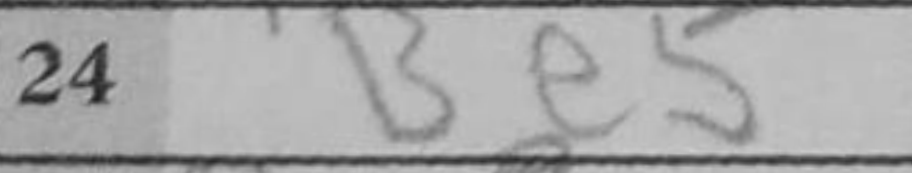
Transcription: Be5